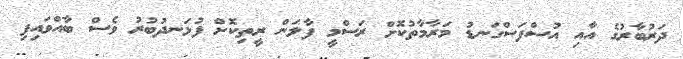
ދަރުބާރުގެ އާއި އުސްފަސްގަނޑު މަރާމާތުކޮށް ރަސްމީ ފާލަން ރީތިކޮށް ފުޅަނދުބުރު ވެސް ބާއްވައިފި